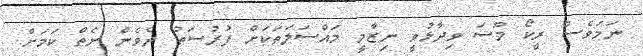
ނަމަވެސް ރީކޯ މޫސަ ވިދާޅުވީ ނިޒާމީ މައްސަލަތަކަށް ފުރުސަތު ދެވެން ނެތް ކަމަށް.